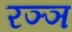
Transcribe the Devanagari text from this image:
रञ्ञ